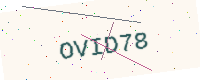
Text: OVID78